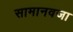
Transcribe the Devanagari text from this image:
सामानवजा